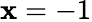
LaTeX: \mathbf{x}=-1